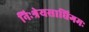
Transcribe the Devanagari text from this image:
निःश्रेयसाधिगमः